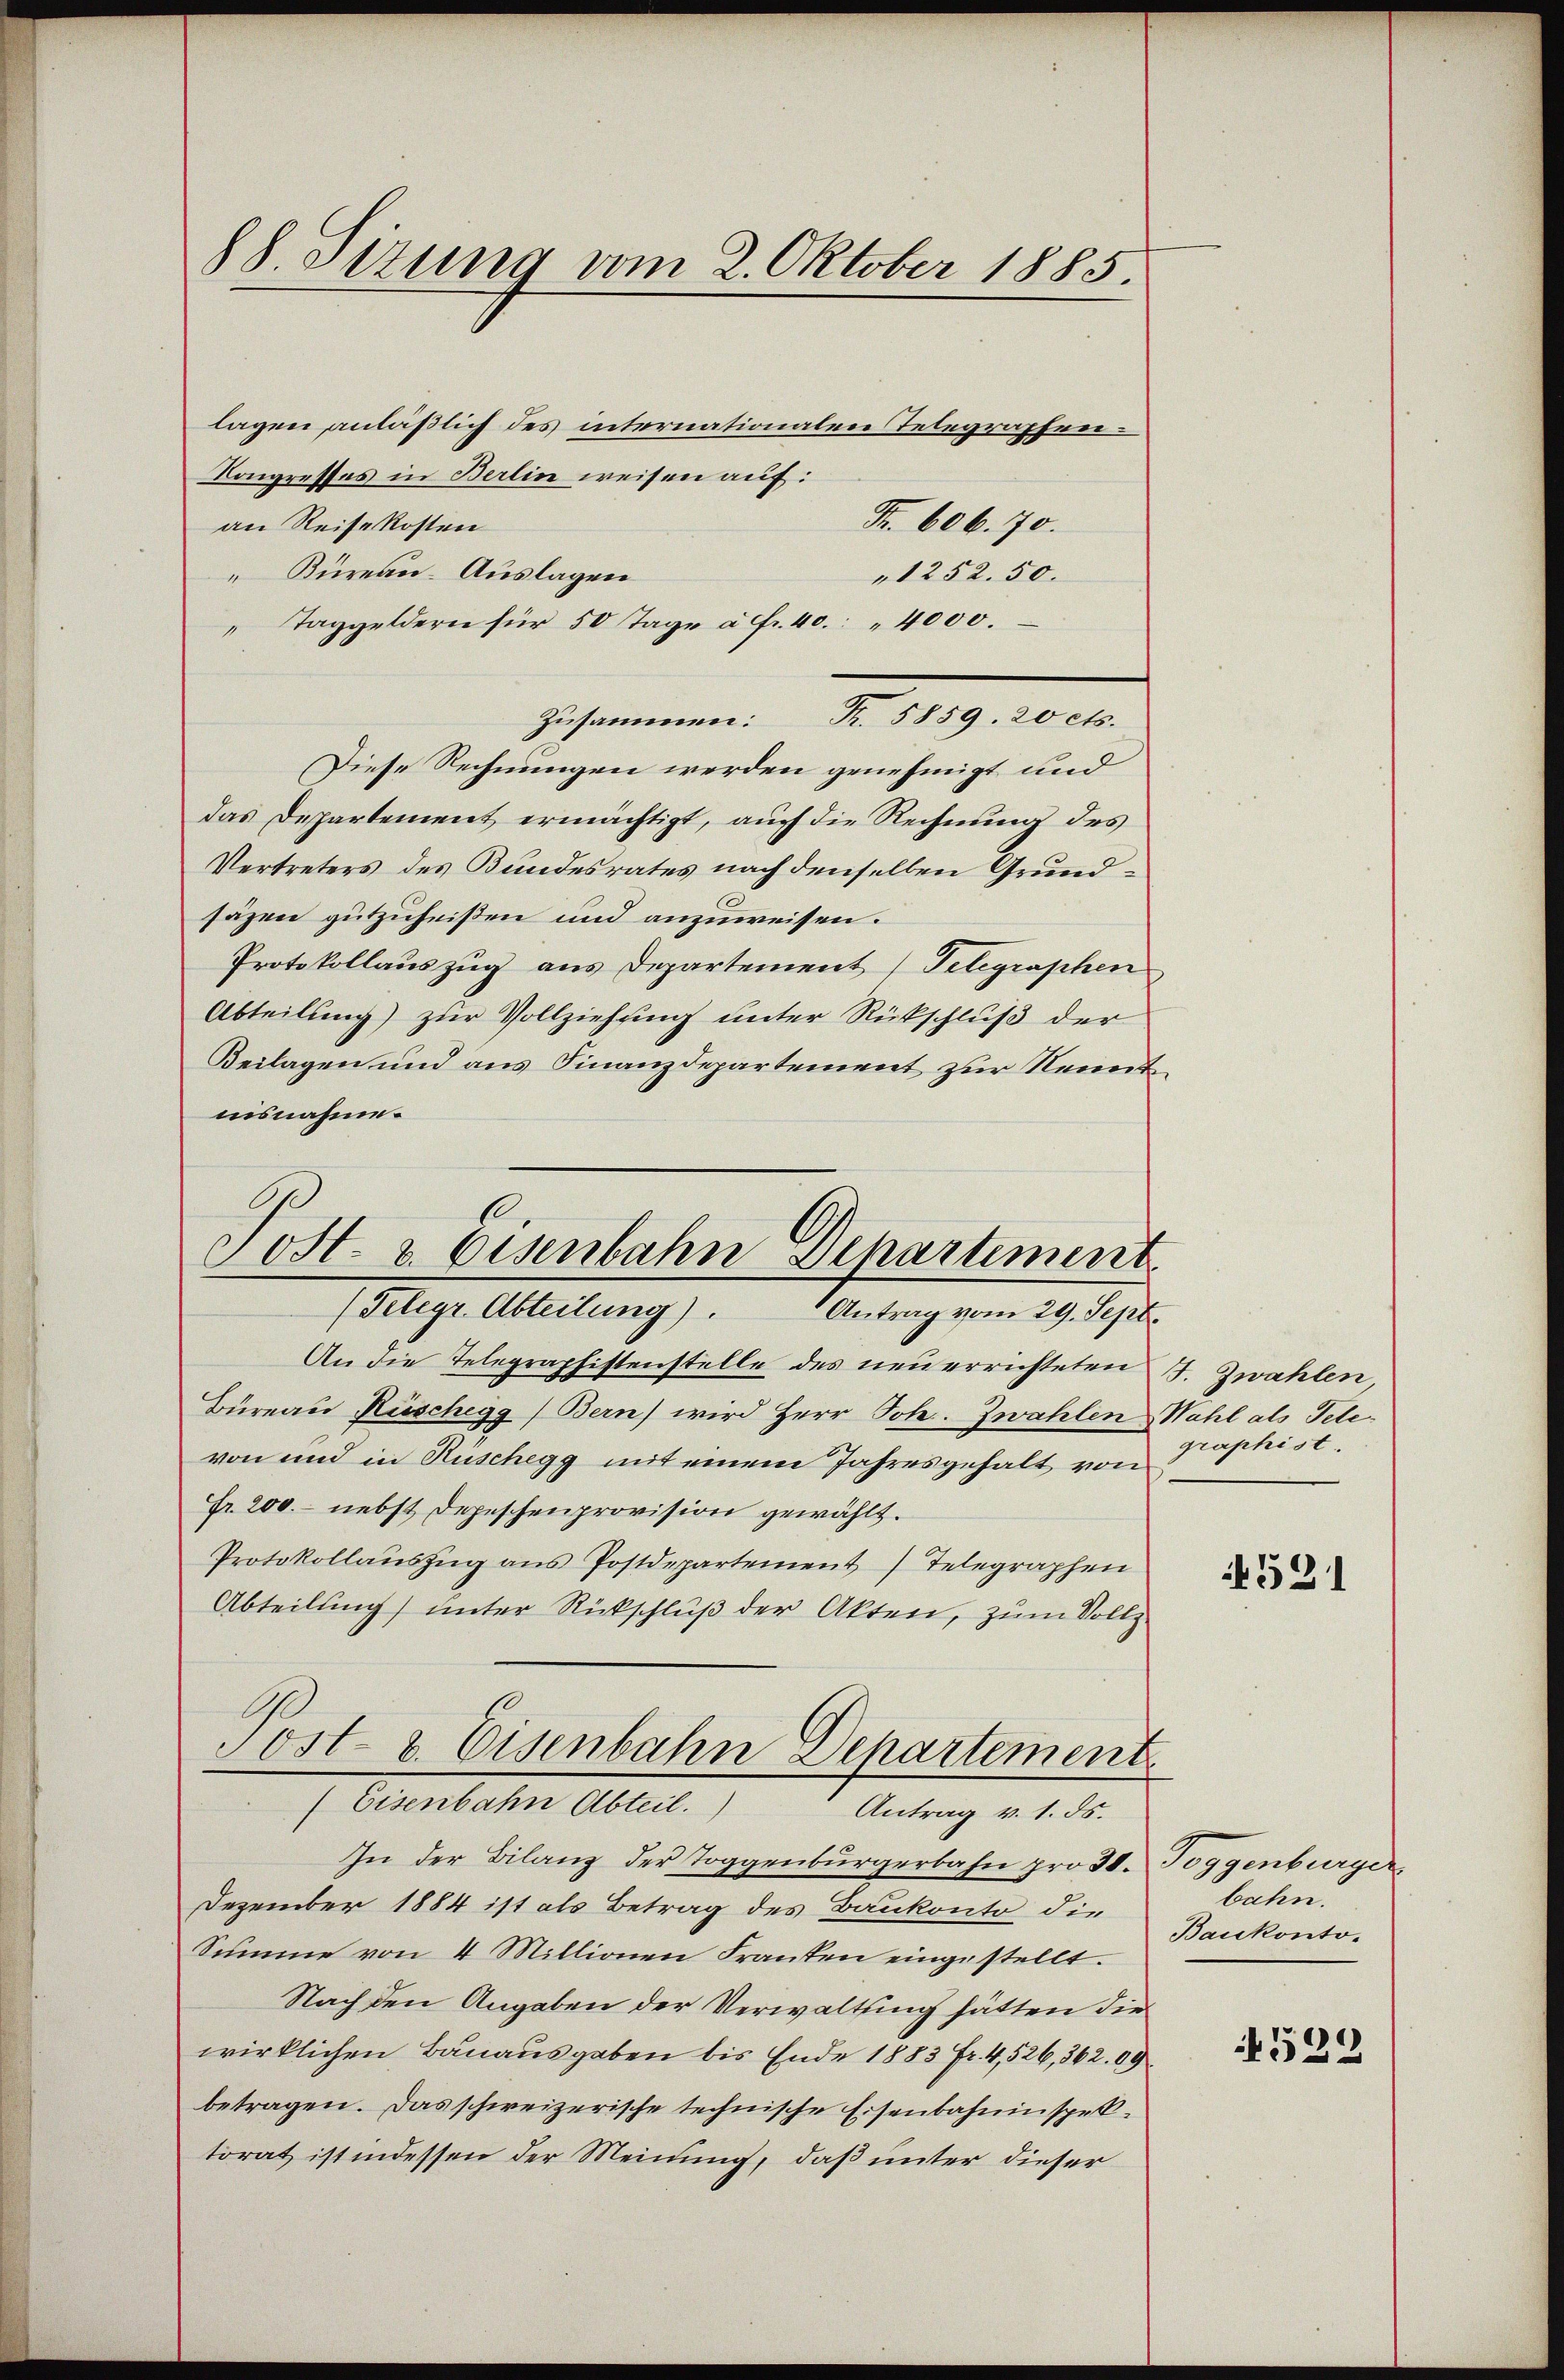
Fr. 606. 70.
an Reise kosten
Bureau- Auslagen
"1252. 50.
"Taggeldern für 50 Tage à fr. 40. 4000.
Zusammen: K. 5859. 20 cts.
Diese Rechnungen werden genehmigt und
das Departement ermächtigt, auch die Rechnung des
Vertreters des Bundesrates nach denselben Grundsäzen gutzuheißen und anzuweisen.
Protokollauszug aus Departement (Telegraphen
Abteilung) zur Vollziehung unter Rückschluß der
Beilagen und aus Finanzdepartement zur Kenntnisnahme.
Post- & Eisenbahn Departiment
(Telegr. Abteilung). Antrag vom 29. Sept.

88. Sizung vom 2. Oktober 1885.
lagen anläßlich des internationalen Telegraphen¬
Kongresses in Berlin weisen auf:

An die Telegraphistenstelle des neuerrichteten J. Zwahlen,
Büreau Rüschegg (Bern) wird Herr Joh. Zwahlen Wahl als Televon und in Rüschegg mit einem Jahresgehalt von
Fr. 200.- nebst Depeschenprovision gewählt.
Protokollaŭszŭg ans Postdepartement Telegraphen
Abteilung) unter Rückschluß der Akten, zum Vollz

Tost- & Eisenbahn Departement.
(Eisenbahn Abteil.)
Antrag v. 1. ds.

In der Bilanz der Toggenbürgerbahn pro 30. Toggenburger
Dezember 1884 ist als Betrag des Baukonto die
Summe von 4 Millionen Franken eingestellt.
Nach den Angaben der Verwaltung hätten die
wirklichen Bauausgaben bis Ende 1883 Fr. 4,526, 362. 09
betragen. Das schweizerische technische Eisenbahninspektorat ist indessen der Meinung, daß unter dieser

graphist.

531

bahn.
Baukonto-

529